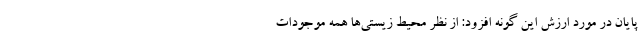
پایان در مورد ارزش این گونه افزود: از نظر محیط زیستی‌ها همه موجودات